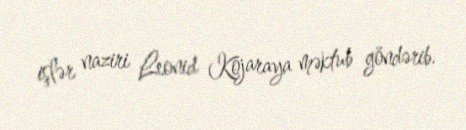
işlər naziri Leonid Kojaraya məktub göndərib.